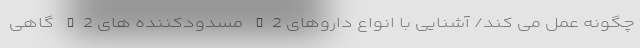
چگونه عمل می کند/ آشنایی با انواع داروهای H2 مسدودکننده های H2 گاهی